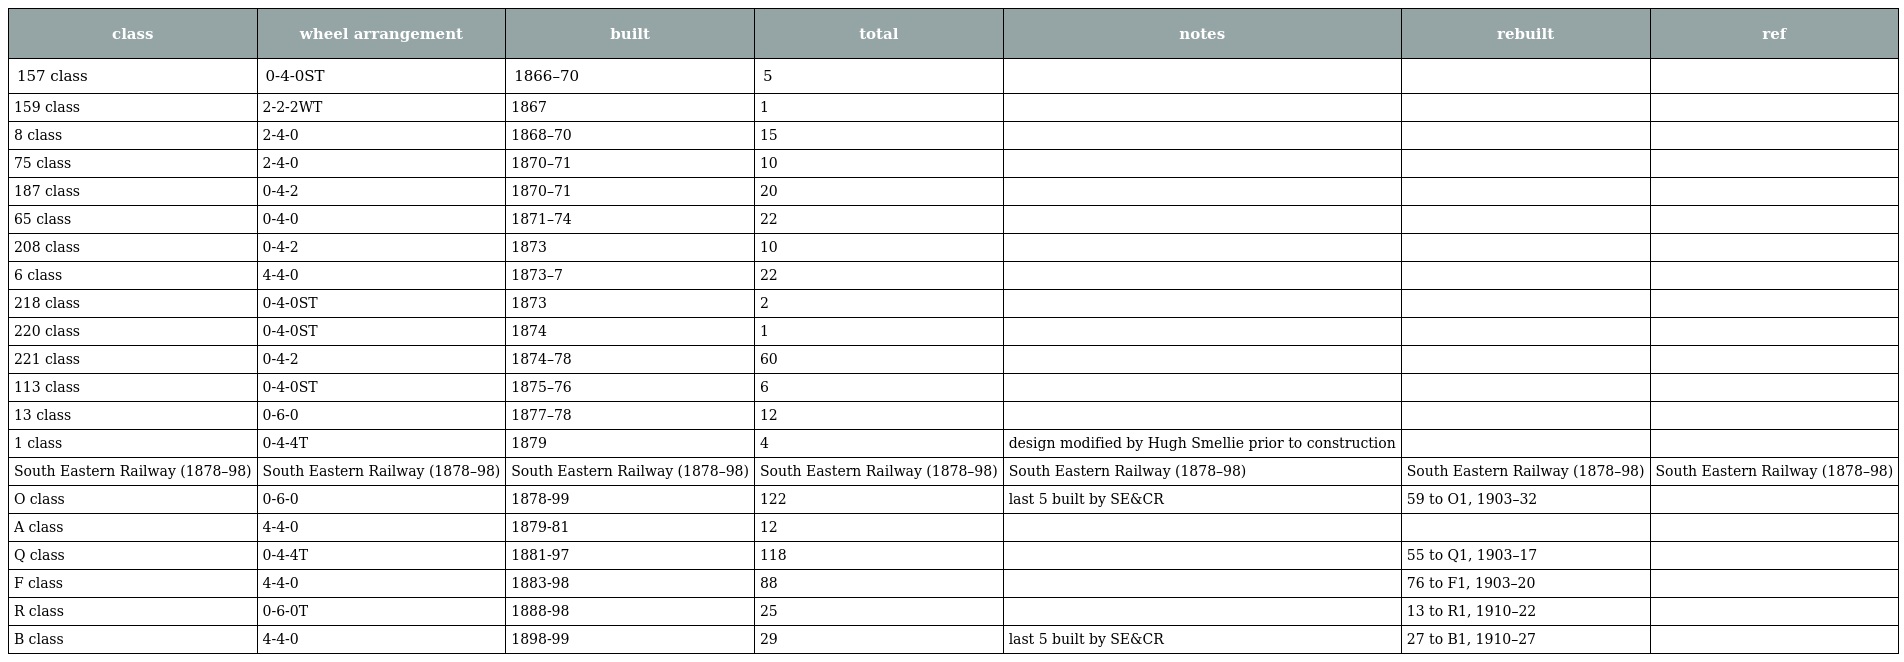
| class | wheel arrangement | built | total | notes | rebuilt | ref |
 | --- | --- | --- | --- | --- | --- | --- |
 | 157 class | 0-4-0ST | 1866–70 | 5 |  |  |  |
 | 159 class | 2-2-2WT | 1867 | 1 |  |  |  |
 | 8 class | 2-4-0 | 1868–70 | 15 |  |  |  |
 | 75 class | 2-4-0 | 1870–71 | 10 |  |  |  |
 | 187 class | 0-4-2 | 1870–71 | 20 |  |  |  |
 | 65 class | 0-4-0 | 1871–74 | 22 |  |  |  |
 | 208 class | 0-4-2 | 1873 | 10 |  |  |  |
 | 6 class | 4-4-0 | 1873–7 | 22 |  |  |  |
 | 218 class | 0-4-0ST | 1873 | 2 |  |  |  |
 | 220 class | 0-4-0ST | 1874 | 1 |  |  |  |
 | 221 class | 0-4-2 | 1874–78 | 60 |  |  |  |
 | 113 class | 0-4-0ST | 1875–76 | 6 |  |  |  |
 | 13 class | 0-6-0 | 1877–78 | 12 |  |  |  |
 | 1 class | 0-4-4T | 1879 | 4 | design modified by Hugh Smellie prior to construction |  |  |
 | South Eastern Railway (1878–98) | South Eastern Railway (1878–98) | South Eastern Railway (1878–98) | South Eastern Railway (1878–98) | South Eastern Railway (1878–98) | South Eastern Railway (1878–98) | South Eastern Railway (1878–98) |
 | O class | 0-6-0 | 1878-99 | 122 | last 5 built by SE&CR | 59 to O1, 1903–32 |  |
 | A class | 4-4-0 | 1879-81 | 12 |  |  |  |
 | Q class | 0-4-4T | 1881-97 | 118 |  | 55 to Q1, 1903–17 |  |
 | F class | 4-4-0 | 1883-98 | 88 |  | 76 to F1, 1903–20 |  |
 | R class | 0-6-0T | 1888-98 | 25 |  | 13 to R1, 1910–22 |  |
 | B class | 4-4-0 | 1898-99 | 29 | last 5 built by SE&CR | 27 to B1, 1910–27 |  |